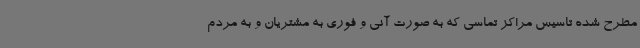
مطرح شده تاسیس مراکز تماسی که به صورت آنی و فوری به مشتریان و به مردم